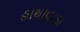
હાથાવાડા